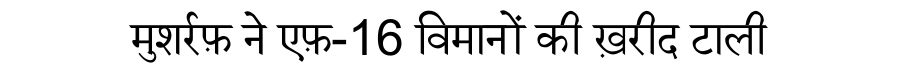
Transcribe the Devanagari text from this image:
मुशर्रफ़ ने एफ़-16 विमानों की ख़रीद टाली